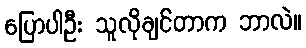
ပြောပါဦး သူလိုချင်တာက ဘာလဲ။